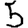
Digit: 5